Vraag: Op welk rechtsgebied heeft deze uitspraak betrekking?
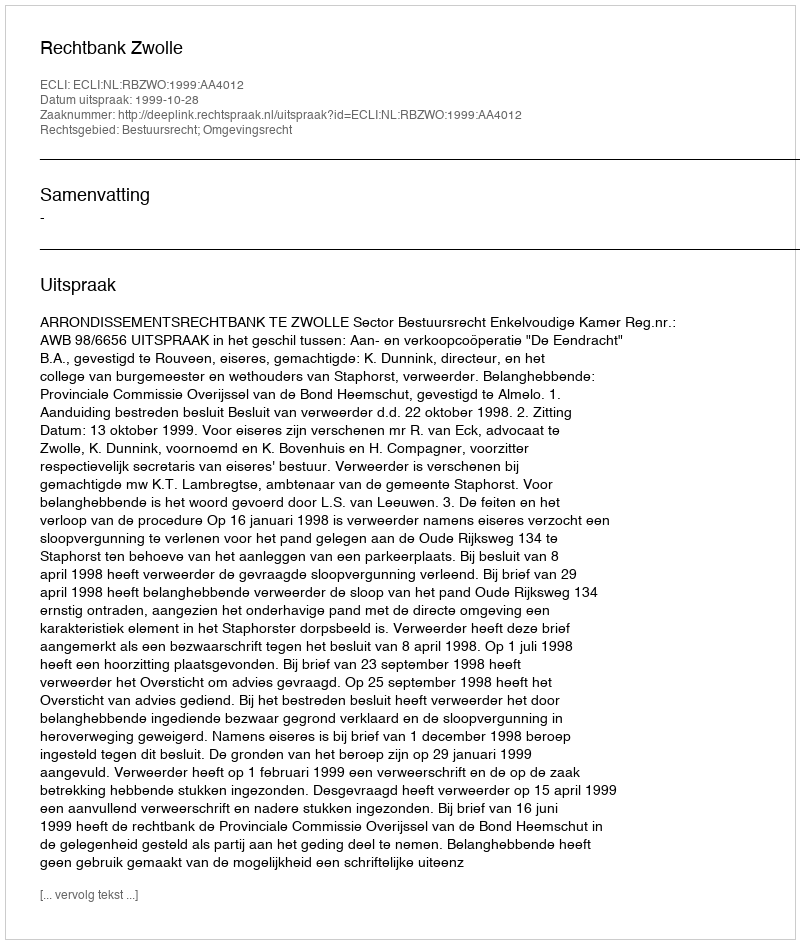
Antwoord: Bestuursrecht; Omgevingsrecht